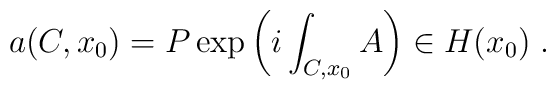
a(C,x_0)=P\exp\left(i\int_{C,x_0} A\right)\in H(x_0)\; .